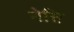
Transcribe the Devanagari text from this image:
नेत्ति